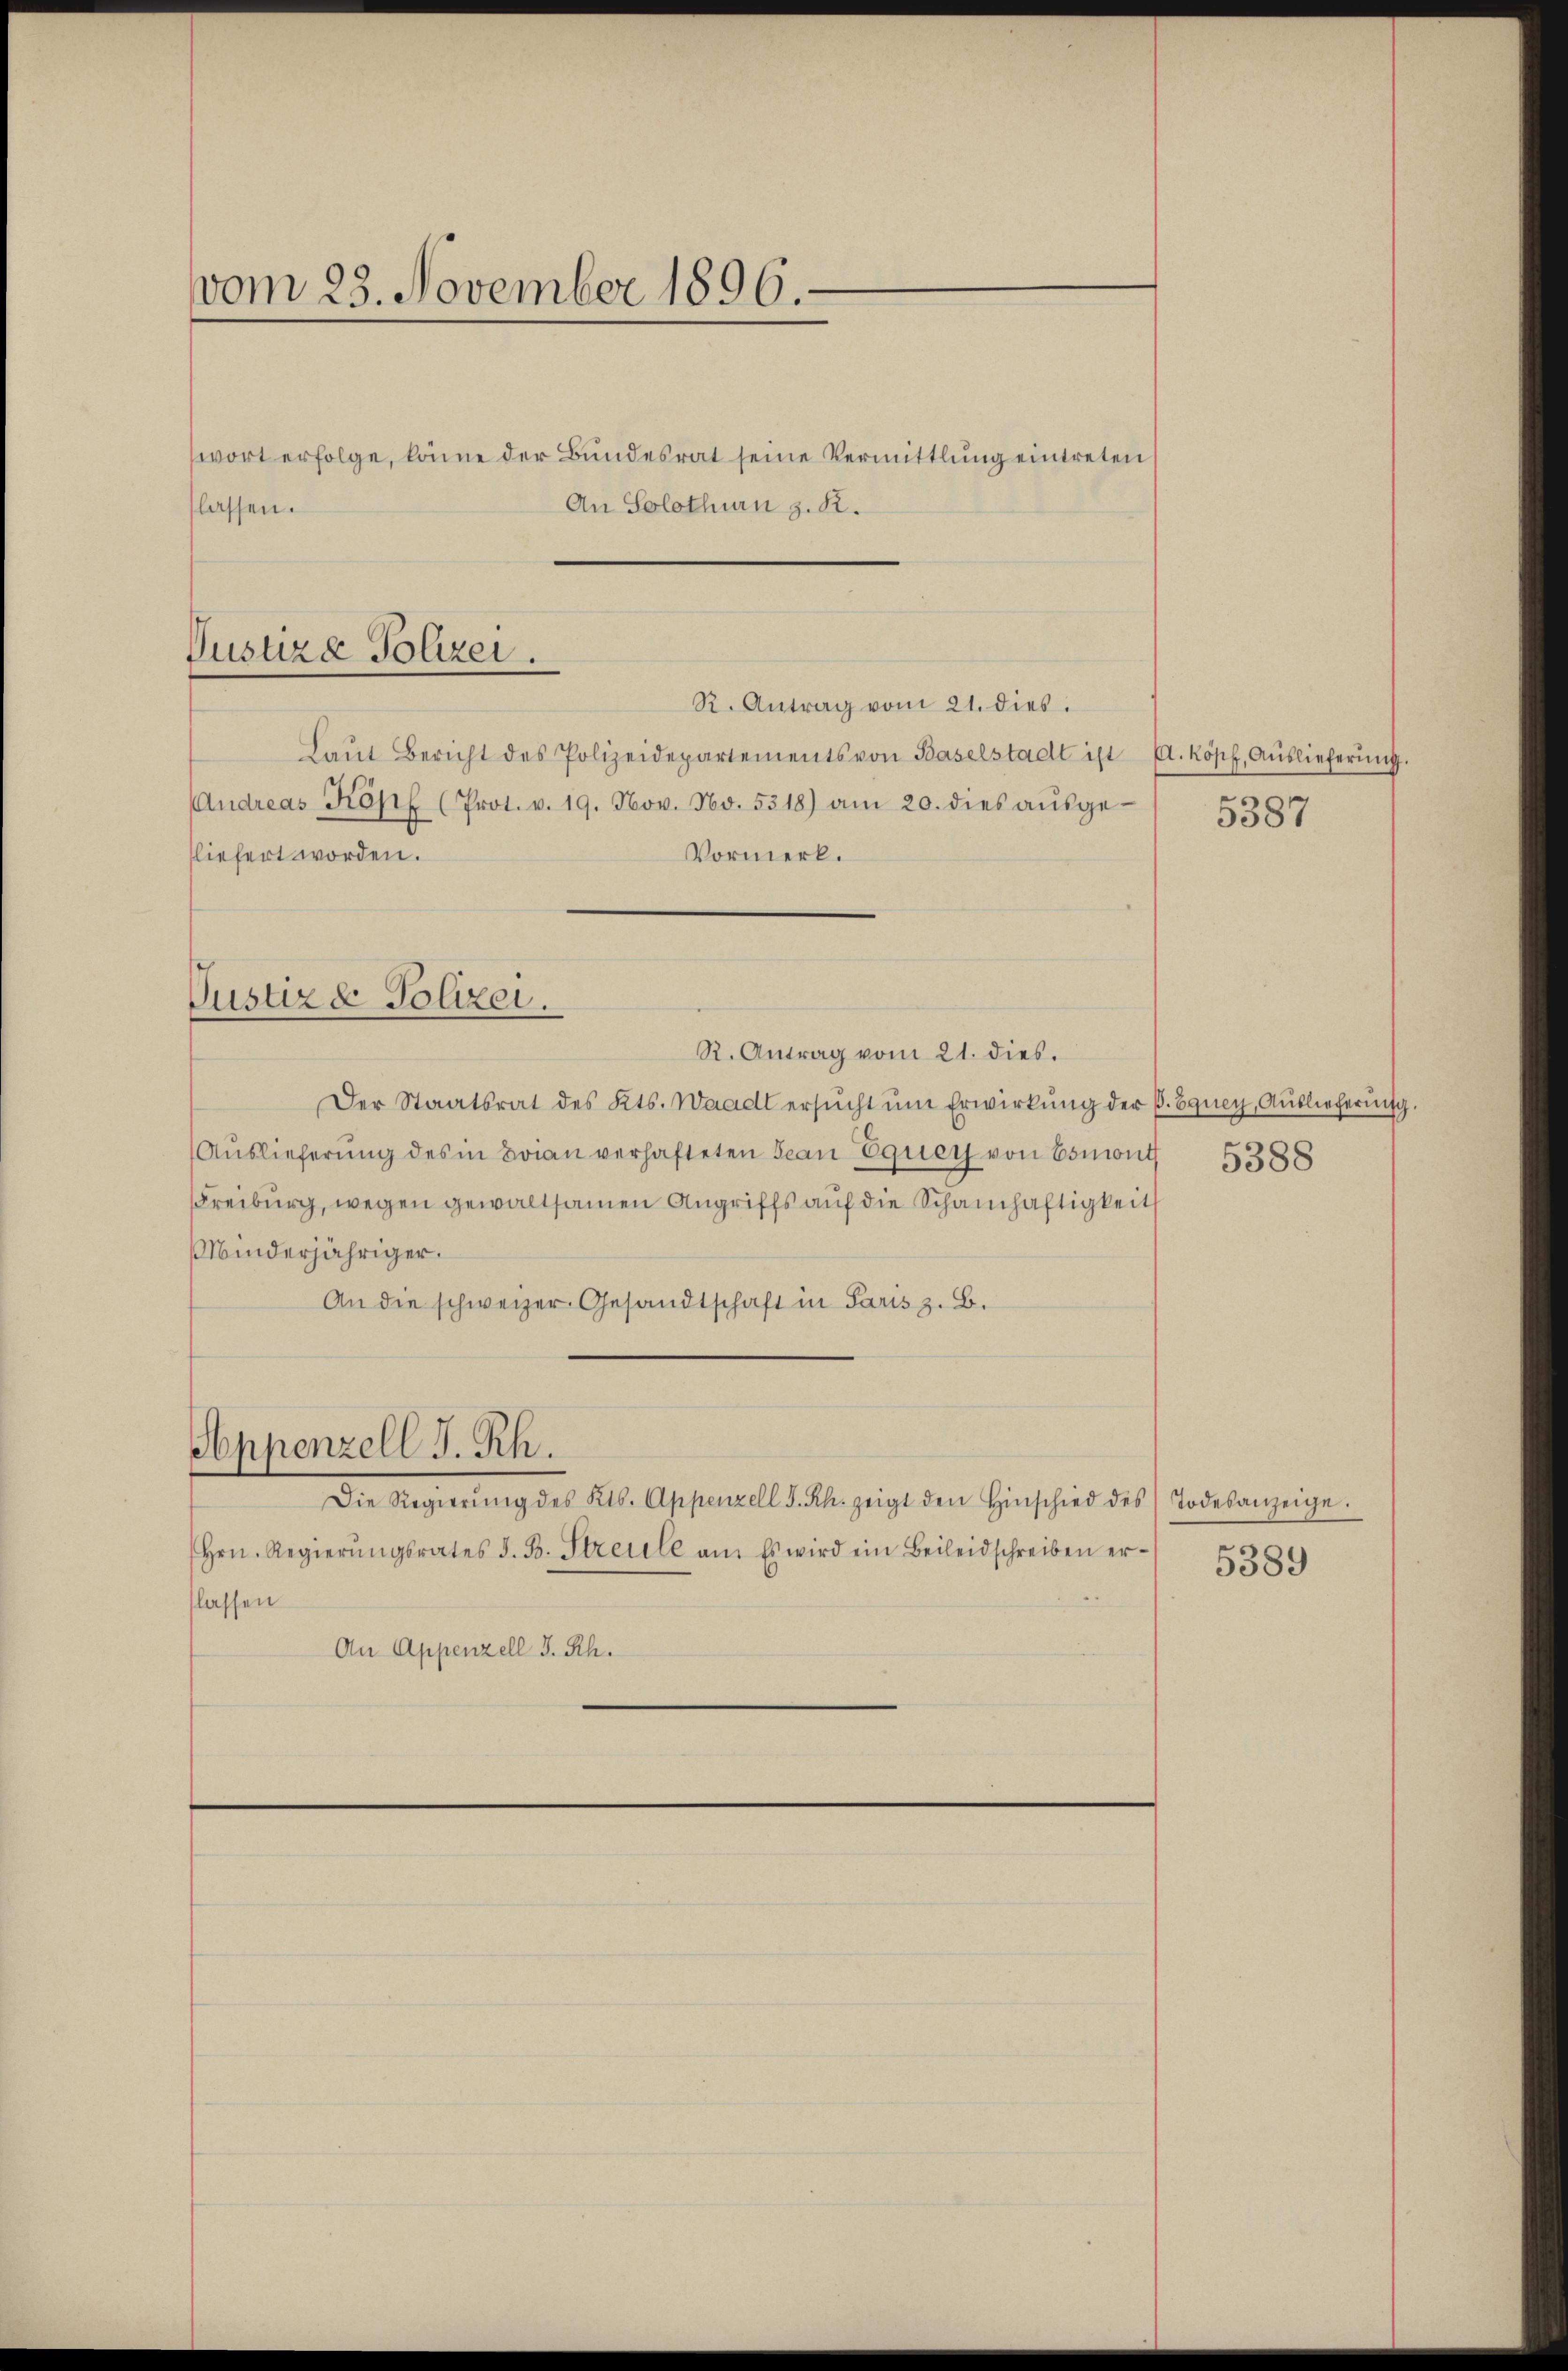
vom 23. November 1896.

wort erfolge, könne der Bundesrat seine Vermittlung eintreten
An Solothurn z. R.
lassen.

Justiz- Polizei.

Laŭt Bericht des Polizeidepartements von Baselstadt ist d. Kopf, Aŭslieferŭng.
Andreas Köpf (Prot. v. 19. Nov. No. 5318) am 20. dies aŭsge-
Vormerk.
sliefert worden.

Justiz & Polizei.

R. Antrag vom 21. dies

5387

R. Antrag vom 21. dies.
Der Staatsrat des Kts. Waadt ersŭcht ŭm Erwirkŭng der C. Equey, Aŭslieferŭng.
Auslieferung des in Brian verhafteten Jean Equer von Esmont
Freiburg, wegen gewaltsamen Angriffs auf die Schainhaftigkeit
Minderjähriger.
An die schweizer Gesandtschaft in Paris z. B.
Appenzell I. Rh.
Die Regierŭng des Kts. Appenzell I. Rh. zeigt den Hinschied des Todesanzeige.
Hrn. Regierŭngsrates J. B. Streule an. Es wird ein Beileidschreiben er-
flassen
An Appenzell I. Rh.

5388

5389